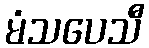
မံသပေသီ